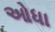
ઓધા